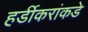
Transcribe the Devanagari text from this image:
हर्डीकरांकडे